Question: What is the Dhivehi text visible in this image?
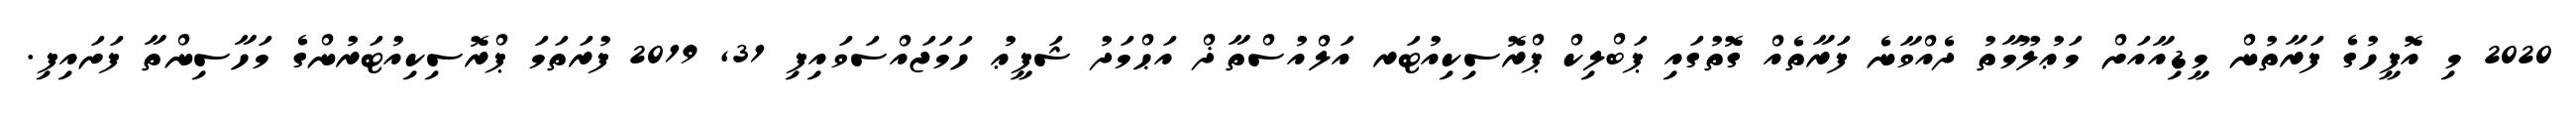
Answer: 2020 މި އޮފީހުގެ ފަރާތުން މީޑިއާއަށް މަޢުލޫމާތު ދެއްވާނެ ފަރާތެއް ގޮތުގައި ޕަބްލިކް ޕްރޮސިކިއުޓަރ އަލްއުސްތާޛް އަޙްމަދު ޝަފީޢު ހަމަޖައްސަވައިފި 31, 2019 ފުރަތަމަ ޕްރޮސިކިއުޓަރުންގެ މަހާސިންތާ ފަށައިފި.